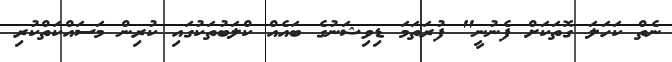
ނެތް ކަހަލަ ގޮތަކަށް ފެނުނީ" ފުރަތަމަ ޑިވިޝަނުގެ ބައެއް ކްލަބުތަކުގައި ކުރިން މަސައްކަތްކުރި